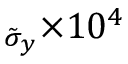
_ { \tilde { \sigma } _ { y } } { \times 1 0 ^ { 4 } }